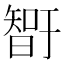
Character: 𰖨